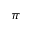
\pi